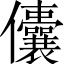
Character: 儾